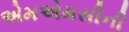
એમએમસીની